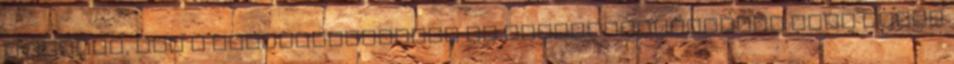
a pezsgő, már a diplomamunkáját is pezsgőkészítésről írta annak